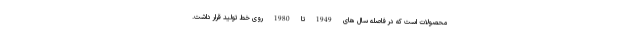
محصولات است که در فاصله سال های 1949 تا 1980 روی خط تولید قرار داشت.